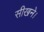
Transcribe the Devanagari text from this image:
सीखने।